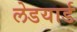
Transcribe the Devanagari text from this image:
लेडयार्ड